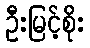
ဦးမြင့်စိုး